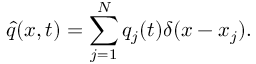
\hat { q } ( x , t ) = \sum _ { j = 1 } ^ { N } q _ { j } ( t ) \delta ( x - x _ { j } ) .